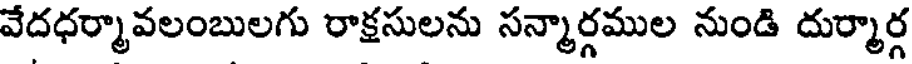
వేదధర్మావలంబులగు రాక్షసులను సన్మార్గముల నుండి దుర్మార్గ